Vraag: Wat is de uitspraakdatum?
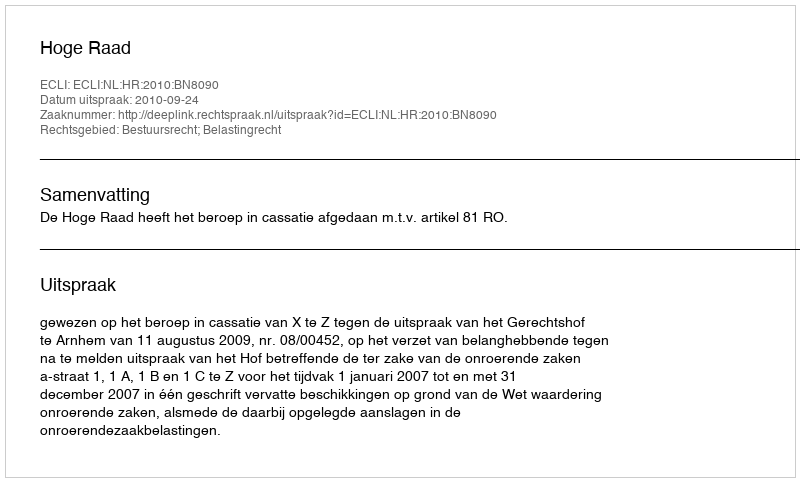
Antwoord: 2010-09-24